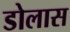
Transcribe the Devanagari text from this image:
डोलास